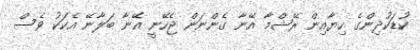
ކުޑަކުދިންގެ ހިޔާއިން ރޭޝްމާ އޭނާ ގެންނަން ޖެހޭނީ އޭނާ ބަލާނޭ އެކަކު ވެސް